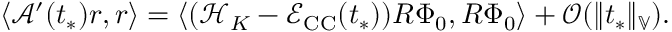
\langle \mathcal { A } ^ { \prime } ( t _ { * } ) r , r \rangle = \langle ( \mathcal { H } _ { K } - \mathcal { E } _ { \mathrm { C C } } ( t _ { * } ) ) R \Phi _ { 0 } , R \Phi _ { 0 } \rangle + \mathcal { O } ( \| t _ { * } \| _ { \mathbb { V } } ) .